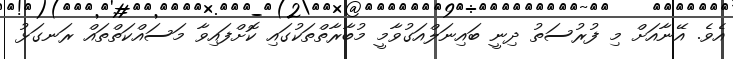
އެވެ. އޭނާއަށް މި ފުރުސަތު ދިނީ ބައިނަލްއަގުވާމީ މުބާރާތްތަކުގައި ކޮށްފައިވާ މަސައްކަތްތައް ރަނގަޅު